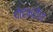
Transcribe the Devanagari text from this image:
पोटभरीचा